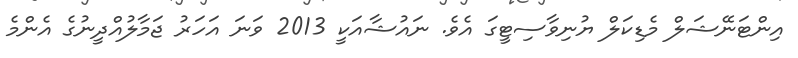
އިންޓަނޭޝަލް މެޑިކަލް ޔުނިވާސިޓީގަ އެވެ. ނައުޝާއަކީ 2013 ވަނަ އަހަރު ޖަމާލުއްދީނުގެ އެންމެ